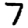
Digit: 7